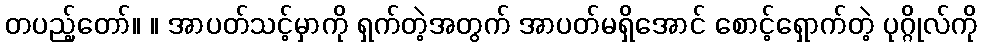
တပည့်တော်။ ။ အာပတ်သင့်မှာကို ရှက်တဲ့အတွက် အာပတ်မရှိအောင် စောင့်ရှောက်တဲ့ ပုဂ္ဂိုလ်ကို